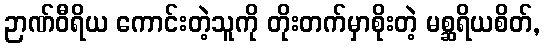
ဉာဏ်ဝီရိယ ကောင်းတဲ့သူကို တိုးတက်မှာစိုးတဲ့ မစ္ဆရိယစိတ်,